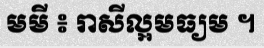
មមី ៖ រាសីល្អមធ្យម ។